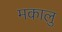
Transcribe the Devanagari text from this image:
मकालु